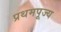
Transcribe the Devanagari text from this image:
प्रथमपूज्य